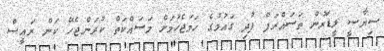
ސިޔާސީ ލީޑަރުން ތަސައްރަފް ފުދި ގައުމުގެ ހަމަޖެހުމަށް މަސައްކަތް ކުރަންޖެހޭ ކަން ރައީސް